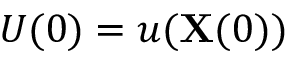
U ( 0 ) = u ( \mathbf { X } ( 0 ) )